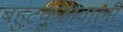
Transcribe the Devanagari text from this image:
बहुटकुअवाली